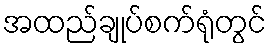
အထည်ချုပ်စက်ရုံတွင်